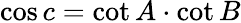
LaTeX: \cos c=\cot A\cdot\cot B